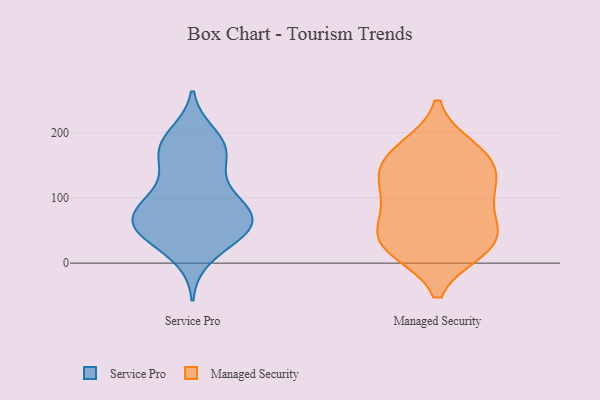
{"axis": {"x": "Waste Production (Tons)", "y": "Value"}, "legend": ["Managed Security", "Service Pro"], "data": [{"x": "", "y": 10, "type": "Service Pro"}, {"x": "", "y": 147, "type": "Service Pro"}, {"x": "", "y": 52, "type": "Service Pro"}, {"x": "", "y": 69, "type": "Service Pro"}, {"x": "", "y": 46, "type": "Service Pro"}, {"x": "", "y": 70, "type": "Service Pro"}, {"x": "", "y": 48, "type": "Service Pro"}, {"x": "", "y": 81, "type": "Service Pro"}, {"x": "", "y": 164, "type": "Service Pro"}, {"x": "", "y": 55, "type": "Service Pro"}, {"x": "", "y": 185, "type": "Service Pro"}, {"x": "", "y": 87, "type": "Service Pro"}, {"x": "", "y": 112, "type": "Service Pro"}, {"x": "", "y": 179, "type": "Service Pro"}, {"x": "", "y": 196, "type": "Service Pro"}, {"x": "", "y": 101, "type": "Service Pro"}, {"x": "", "y": 43, "type": "Service Pro"}, {"x": "", "y": 73, "type": "Service Pro"}, {"x": "", "y": 173, "type": "Service Pro"}, {"x": "", "y": 175, "type": "Managed Security"}, {"x": "", "y": 106, "type": "Managed Security"}, {"x": "", "y": 120, "type": "Managed Security"}, {"x": "", "y": 25, "type": "Managed Security"}, {"x": "", "y": 33, "type": "Managed Security"}, {"x": "", "y": 142, "type": "Managed Security"}, {"x": "", "y": 167, "type": "Managed Security"}, {"x": "", "y": 153, "type": "Managed Security"}, {"x": "", "y": 35, "type": "Managed Security"}, {"x": "", "y": 22, "type": "Managed Security"}, {"x": "", "y": 59, "type": "Managed Security"}, {"x": "", "y": 86, "type": "Managed Security"}]}